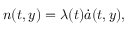
n ( t , y ) = \lambda ( t ) \dot { a } ( t , y ) ,